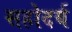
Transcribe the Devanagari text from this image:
सहोदर्य